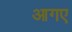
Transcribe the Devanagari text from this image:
आगए